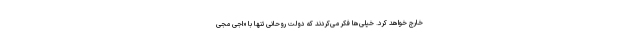
خارج خواهد کرد. خیلی‌ها فکر می‌کردند که دولت روحانی تنها با «اجی مجی